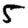
Digit: 5